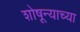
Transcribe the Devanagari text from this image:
शोषून्याच्या